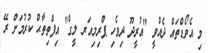
މި އެވޯޑްތައް ދެއްވީ "އުރީދޫ ދިވެހި ޕްރިމިއަރ ލީގް" އިފްތިތާޙް ކުރުމަށް ރޭ